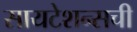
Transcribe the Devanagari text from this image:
सायटेशन्सची